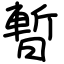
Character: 暫